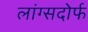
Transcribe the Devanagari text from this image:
लांग्सदोर्फ